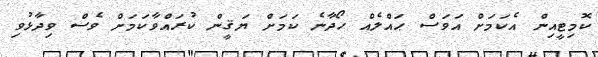
ކޮމިޓީއިން އެކަމަށް އަވަސް ޙައްލެއް ހޯދާނެ ކަމަށް ޔަޤީން ކުރައްވާކަމަށް ވެސް ވިދާޅުވި